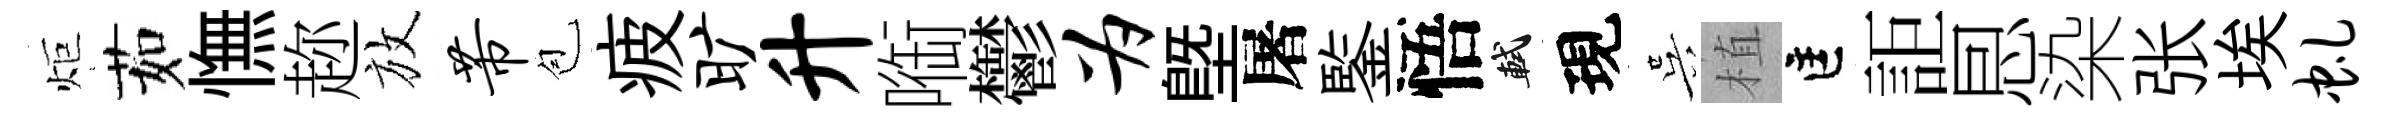
炬茹憮趂放芾苞疲旷升㗸鬱为塈屠鍳悟軾現吴植匡詎㤙染张埃虬